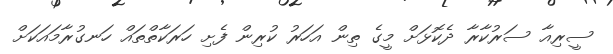
ސީރިއާ ސަރުކާރާ ދެކޮޅަށް މީގެ ތިން އަހަރު ކުރިން ފެށި ހަރަކާތްތައް ހަނގުރާމައަކަށް